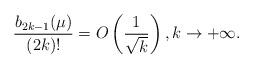
LaTeX: \begin{align*}\frac{b_{2k-1}(\mu)}{(2k)!}= O\left( \frac{1}{\sqrt{k} } \right) , k\to +\infty.\end{align*}